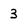
Character: 3